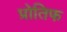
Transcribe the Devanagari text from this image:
प्रोतिफ